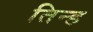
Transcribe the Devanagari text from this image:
तिन्ह